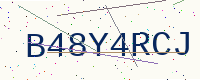
Text: B48Y4RCJ